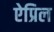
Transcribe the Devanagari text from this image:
ऐप्रिल